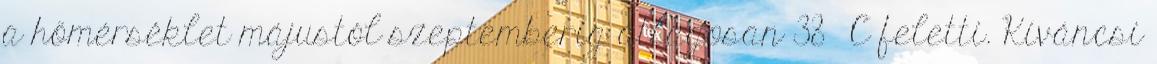
a hőmérséklet májustól szeptemberig átlagosan 38 °C feletti. Kíváncsi